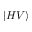
| H V \rangle